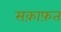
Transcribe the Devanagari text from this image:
सक़ाफ़त